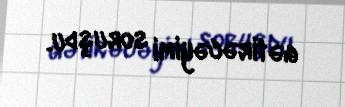
gətirəcəyimi soruşdu.